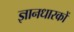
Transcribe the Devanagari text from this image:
ज्ञानधारकों